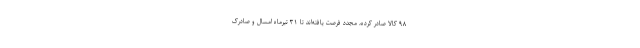
۹۸ کالا صادر کرده، مجدد فرصت یافته‌اند تا ۳۱ تیرماه امسال و صادرک